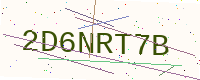
Text: 2D6NRT7B